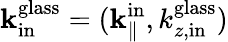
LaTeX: {\mathbf k}_{\mathrm{in}}^{\mathrm{glass}}=({\mathbf k}_{\parallel}^{\mathrm{in}},k_{z,\mathrm{in}}^{\mathrm{glass}})